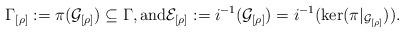
LaTeX: \begin{align*}\Gamma_{[\rho]}:= \pi(\mathcal{G}_{[\rho]}) \subseteq \Gamma, \mbox{and} \mathcal{E}_{[\rho]}:= i^{-1}(\mathcal{G_{[\rho]}}) = i^{-1}(\ker(\pi | _{\mathcal{G}_{[\rho]}})).\end{align*}